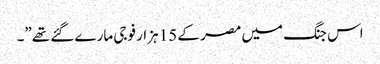
اس جنگ میں مصر کے 15 ہزار فوجی مارے گئے تھے”۔